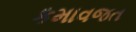
કમાવજત